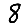
Digit: 8